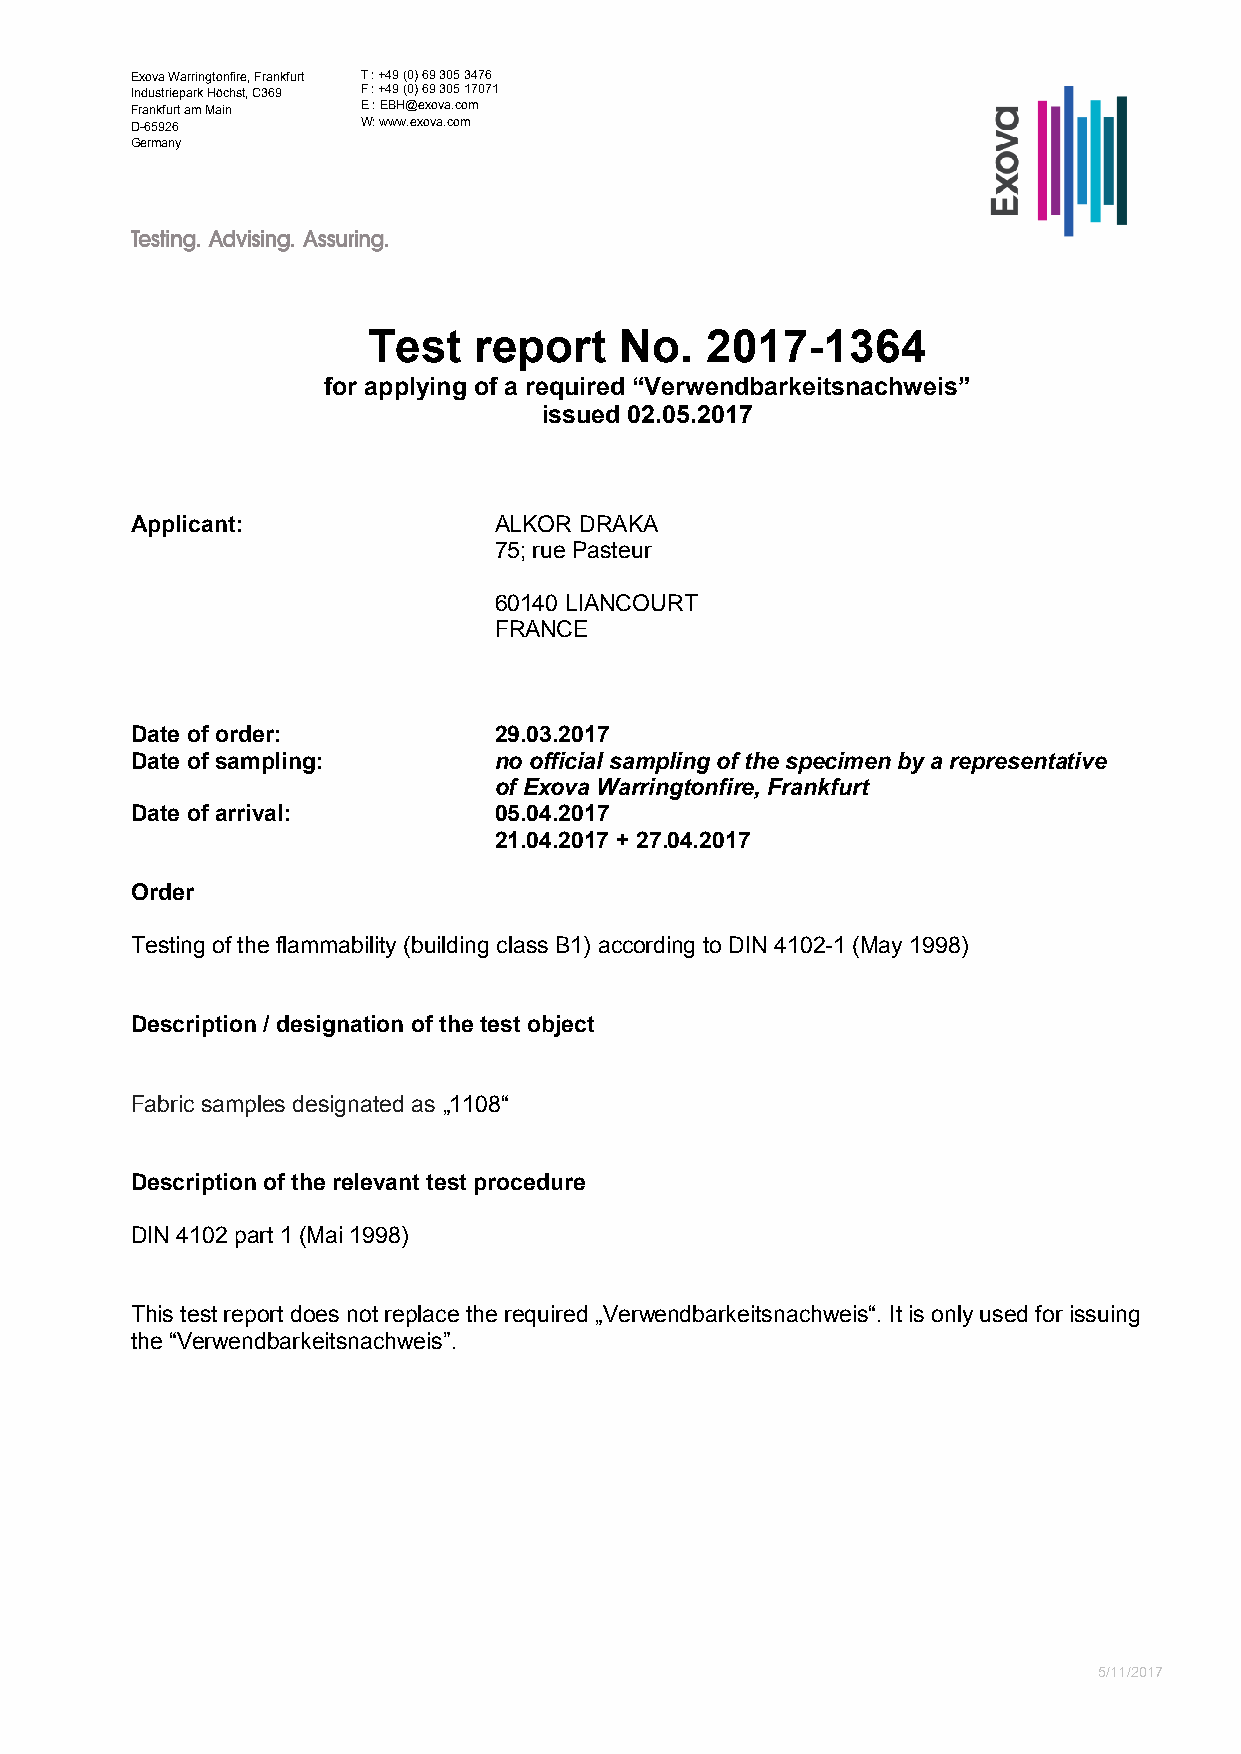
Exova Warringtonfire, Frankfurt T : +49 (0) 69 305 3476
 Industriepark Höchst, C369 F : +49 (0) 69 305 17071
 Frankfurt am Main E : EBH@exova.com
 D-65926        W: www.exova.com
 Germany
 Test   report    No.   2017-1364
 for applying of a required “Verwendbarkeitsnachweis”
 issued 02.05.2017
 Applicant:              ALKOR DRAKA
 75; rue Pasteur
 60140 LIANCOURT
 FRANCE
 Date of order:          29.03.2017
 Date of sampling:       no official sampling of the specimen by a representative
 of Exova Warringtonfire, Frankfurt
 Date of arrival:        05.04.2017
 21.04.2017 + 27.04.2017
 Order
 Testing of the flammability (building class B1) according to DIN 4102-1 (May 1998)
 Description / designation of the test object
 Fabric samples designated as „1108“
 Description of the relevant test procedure
 DIN 4102 part 1 (Mai 1998)
 This test report does not replace the required „Verwendbarkeitsnachweis“. It is only used for issuing
 the “Verwendbarkeitsnachweis”.
 5/11/2017